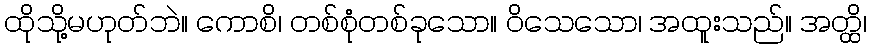
ထိုသို့မဟုတ်ဘဲ။ ကောစိ၊ တစ်စုံတစ်ခုသော။ ဝိသေသော၊ အထူးသည်။ အတ္ထိ၊